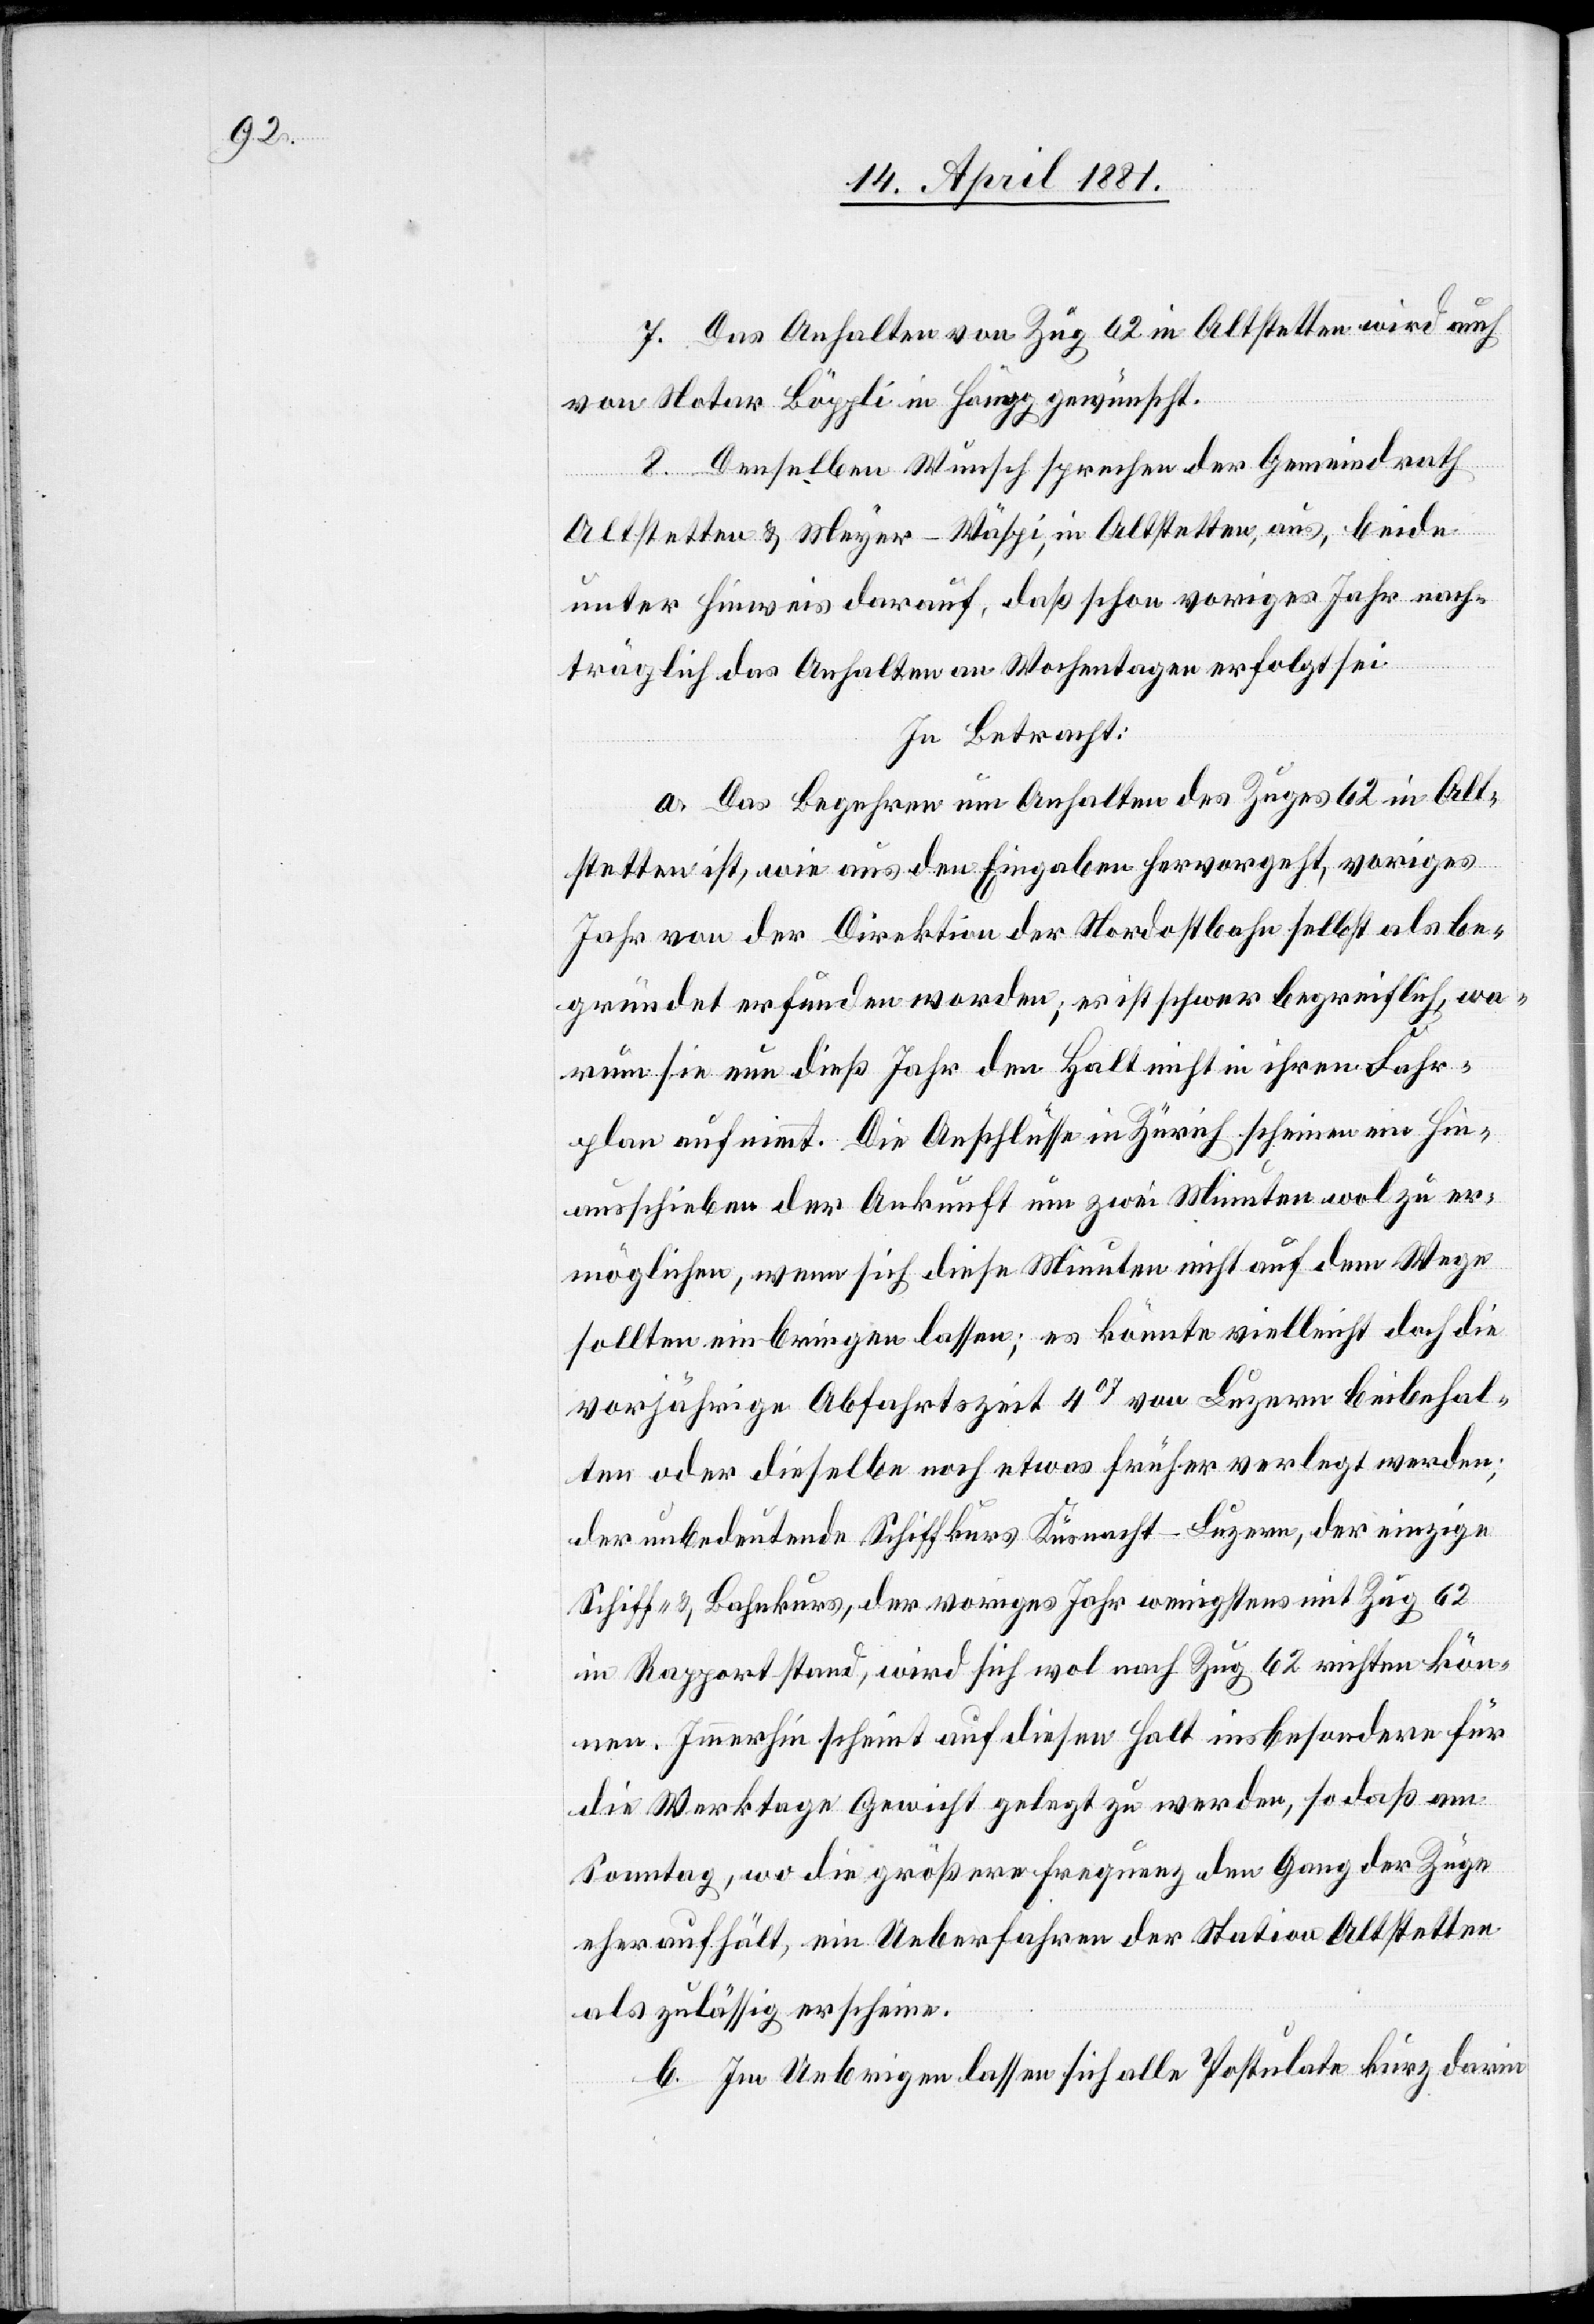
7. Das Anhalten von Zug 62 in Altstetten wird auch
von Notar Böppli in Höngg gewünscht.
8. Denselben Wunsch sprechen der Gemeindrath
Altstetten & Meyer-Wäspi, in Altstetten, aus, beide
unter Hinweis darauf, daß schon voriges Jahr nach¬
träglich das Anhalten an Wochentagen erfolgt sei.
In Betracht:
a. Das Begehren um Anhalten des Zuges 62 in Alt¬
stetten ist, wie aus den Eingaben hervorgeht, voriges
Jahr von der Direktion der Nordostbahn selbst als be¬
gründet erfunden worden; es ist schwer begreiflich, wa¬
rum sie nun dieß Jahr den Halt nicht in ihren Fahr¬
plan aufnimmt. Die Anschlüsse in Zürich scheinen ein hin¬
ausschieben der Ankunft um zwei Minuten wol zu er¬
möglichen, wenn sich diese Minuten nicht auf dem Wege
sollten einbringen lassen; es könnte vielleicht doch die
vorjährige Abfahrtszeit 407 von Luzern beibehal¬
ten oder dieselbe noch etwas früher verlegt werden;
der unbedeutende Schiffkurs Küsnacht–Luzern, der einzige
Schiff- & Bahnkurs, der voriges Jahr wenigstens mit Zug 62
in Rapport stand, wird sich wol nach Zug 62 richten kön¬
nen. Immerhin scheint auf diesen Halt insbesondere für
die Werktage Gewicht gelegt zu werden, so daß am
Samstag, wo die größere Frequenz den Gang der Züge
eher aufhält, ein Ueberfahren der Station Altstetten
als zulässig erscheine.
b. Im Uebrigen lassen sich alle Postulate kurz darin